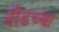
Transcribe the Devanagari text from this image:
दीडच्या